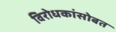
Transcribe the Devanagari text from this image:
विरोधकांसोबत